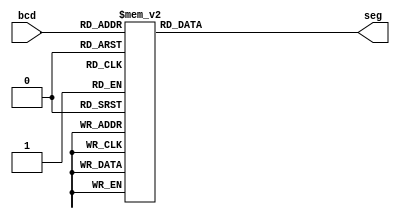
module seven_segment_disp (output reg [6:0]seg, input wire [3:0]bcd);
	//Seven segment display is pulled up. Therefore this also needs to be negated
	always @(bcd) begin
		case (bcd)
		//To invert,
		//case (neg_bcd)
		
			0 : seg = ~7'b1111110;
			1 : seg = ~7'b0000110;
			2 : seg = ~7'b1101101;
			3 : seg = ~7'b1111001;
			4 : seg = ~7'b0110011;
			5 : seg = ~7'b1011011;
			6 : seg = ~7'b1011111;
			7 : seg = ~7'b1110000;
			8 : seg = ~7'b1111111;
			9 : seg = ~7'b1110011;
			10 : seg = ~7'b1110111;
			11 : seg = ~7'b0011111;
			12 : seg = ~7'b1001110;
			13 : seg = ~7'b0111101;
			14 : seg = ~7'b1001111;
			15 : seg = ~7'b1000111;
			
			default : seg = ~7'b0000000;
		endcase
	end
	
endmodule